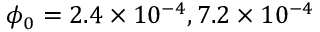
\phi _ { 0 } = 2 . 4 \times 1 0 ^ { - 4 } , 7 . 2 \times 1 0 ^ { - 4 }